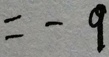
= - 9